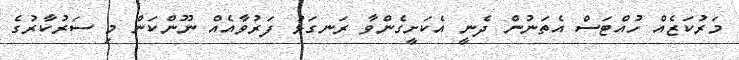
މަރުކަޒެއް ހުއްޓަސް އެތަނުން ދެނީ އެކަށީގެންވާ ރަނގަޅު ފަރުވާއެއް ނޫންކަން މި ސަރުކާރުގެ